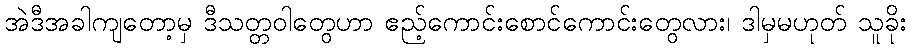
အဲဒီအခါကျတော့မှ ဒီသတ္တဝါတွေဟာ ဧည့်ကောင်းစောင်ကောင်းတွေလား၊ ဒါမှမဟုတ် သူခိုး